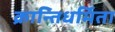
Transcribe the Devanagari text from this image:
क्रान्तिधर्मिता